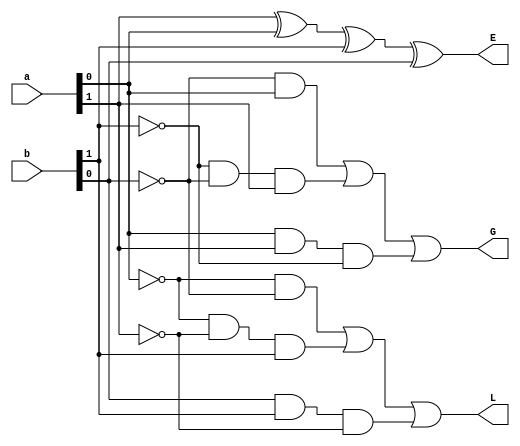
module comp2bit(a,b,G,L,E);
input [0:1]a;
input [0:1]b;
output G,L,E;
assign E=a[0]^a[1]^b[0]^b[1];

assign G=(~b[1]&a[1])|(~b[0]&~b[1]&a[0])|(a[1]&a[0]&~b[0]);

assign L=(~a[1]&~b[1])|(~a[1]&~a[0]&b[0])|(b[1]&b[0]&~a[0]);
endmodule